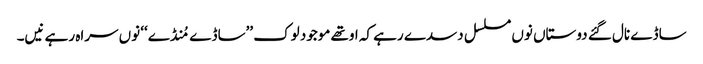
ساڈے نال گئے دوستاں نوں مسلسل دسدے رہے کہ اوتھے موجود لوک ’’ساڈے مُنڈے‘‘ نوں سراہ رہے نیں۔